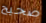
صحيح